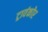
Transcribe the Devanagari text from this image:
ट्रावंकोर